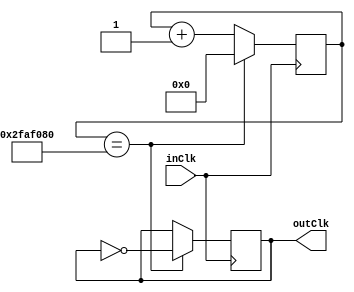
`timescale 1ns / 1ps
//////////////////////////////////////////////////////////////////////////////////
// Company: 
// 
// Design Name: 
// Module Name: clock1Hz
// Project Name: 1 Hz Clock
// Target Devices: Xilinx Boolean Spartan 7
// Tool Versions: Vivado 21
// Description: 
// 
// Dependencies: None
// 
// Revision: 1.0
// Revision 0.01 - File Created
// Additional Comments: None
// 
//////////////////////////////////////////////////////////////////////////////////


module clock1Hz(outClk, inClk);
    output outClk;

    input inClk;

    reg [25:0]count=0;
    reg outClk;

    always @ (posedge inClk)
    begin
        count<=count+1;
        
        if(count==50_000_000)
        begin
            count<=0;
            outClk=~outClk;
        end
    end
endmodule